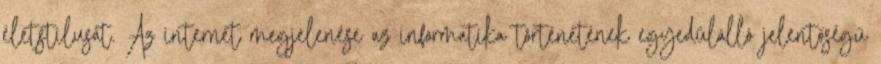
életstílusát. Az internet megjelenése az informatika történetének egyedülálló jelentőségű